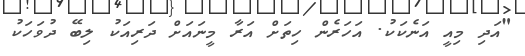
"އަދި މިއީ އަނެކަކު. އަހަރެން ހިތަށް އަރާ މީނައަށް ދަރިއަކު ލިބޭ ދުވަހަކު